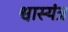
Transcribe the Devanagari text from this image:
श्वास्यंत्र